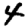
Digit: 4